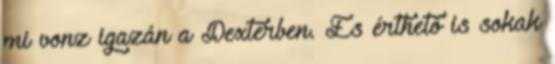
mi vonz igazán a Dexterben. És érthető is sokak